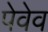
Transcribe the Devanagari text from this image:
पेवेव